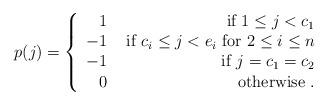
LaTeX: \begin{align*}p(j)= \left\{\begin{array}{rr} 1 & \mbox { if } 1\leq j<c_1\\ -1& \mbox{ if } c_i\leq j<e_i \mbox{ for } 2\leq i\leq n\\ -1 & \mbox{ if } j=c_1=c_2 \\ 0 &\mbox{ otherwise .} \end{array} \right.\end{align*}